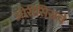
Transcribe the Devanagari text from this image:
ओरीसिसचे